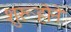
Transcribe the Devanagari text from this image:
शुरूहोने